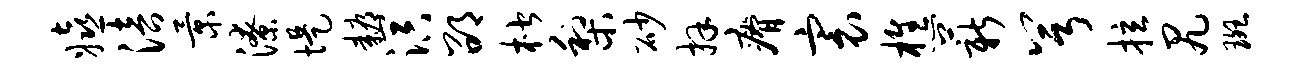
嬉涪景潦堤耨溟邵楷梨砂拜瘠寰樵薪兮拉尻斑